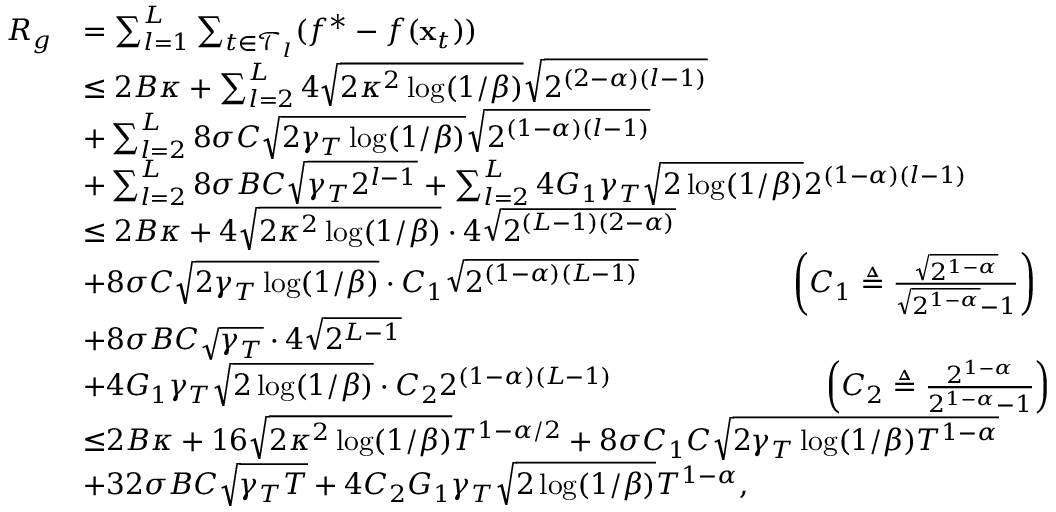
\begin{array} { r l } { R _ { g } } & { = \sum _ { l = 1 } ^ { L } \sum _ { t \in \mathcal { T } _ { l } } ( f ^ { * } - f ( \mathbf { x } _ { t } ) ) } \\ & { \leq 2 B \kappa + \sum _ { l = 2 } ^ { L } 4 \sqrt { 2 \kappa ^ { 2 } \log ( 1 / \beta ) } \sqrt { 2 ^ { ( 2 - \alpha ) ( l - 1 ) } } } \\ & { + \sum _ { l = 2 } ^ { L } 8 \sigma C \sqrt { 2 \gamma _ { T } \log ( 1 / \beta ) } \sqrt { 2 ^ { ( 1 - \alpha ) ( l - 1 ) } } } \\ & { + \sum _ { l = 2 } ^ { L } 8 \sigma B C \sqrt { \gamma _ { T } 2 ^ { l - 1 } } + \sum _ { l = 2 } ^ { L } 4 G _ { 1 } \gamma _ { T } \sqrt { 2 \log ( 1 / \beta ) } 2 ^ { ( 1 - \alpha ) ( l - 1 ) } } \\ & { \leq 2 B \kappa + 4 \sqrt { 2 \kappa ^ { 2 } \log ( 1 / \beta ) } \cdot 4 \sqrt { 2 ^ { ( L - 1 ) ( 2 - \alpha ) } } } \\ & { + 8 \sigma C \sqrt { 2 \gamma _ { T } \log ( 1 / \beta ) } \cdot C _ { 1 } \sqrt { 2 ^ { ( 1 - \alpha ) ( L - 1 ) } } \quad \quad \quad \quad \quad \hfill \left( C _ { 1 } \triangleq \frac { \sqrt { 2 ^ { 1 - \alpha } } } { \sqrt { 2 ^ { 1 - \alpha } } - 1 } \right) } \\ & { + 8 \sigma B C \sqrt { \gamma _ { T } } \cdot 4 \sqrt { 2 ^ { L - 1 } } } \\ & { + 4 G _ { 1 } \gamma _ { T } \sqrt { 2 \log ( 1 / \beta ) } \cdot C _ { 2 } 2 ^ { ( 1 - \alpha ) ( L - 1 ) } \quad \quad \quad \quad \quad \quad \quad \left( C _ { 2 } \triangleq \frac { 2 ^ { 1 - \alpha } } { 2 ^ { 1 - \alpha } - 1 } \right) } \\ & { { \leq } 2 B \kappa + 1 6 \sqrt { 2 \kappa ^ { 2 } \log ( 1 / \beta ) } T ^ { 1 - \alpha / 2 } + 8 \sigma C _ { 1 } C \sqrt { 2 \gamma _ { T } \log ( 1 / \beta ) T ^ { 1 - \alpha } } } \\ & { + 3 2 \sigma B C \sqrt { \gamma _ { T } T } + 4 C _ { 2 } G _ { 1 } \gamma _ { T } \sqrt { 2 \log ( 1 / \beta ) } T ^ { 1 - \alpha } , } \end{array}